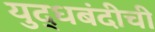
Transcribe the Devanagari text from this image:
युद्धबंदीची